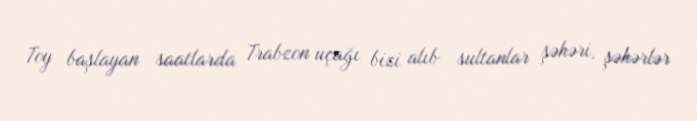
Toy başlayan saatlarda Trabzon uçağı bizi alıb sultanlar şəhəri, şəhərlər